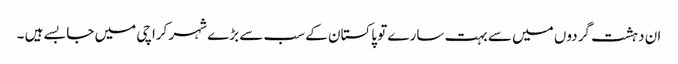
ان دہشت گردوں میں سے بہت سارے تو پاکستان کے سب سے بڑے شہر کراچی میں جا بسے ہیں ۔